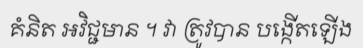
គំនិត អវិជ្ជមាន ។ វា ត្រូវបាន បង្កើតឡើង